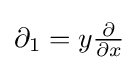
\partial _{1}=y{\tfrac {\partial }{\partial x}}